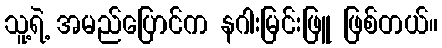
သူ့ရဲ့ အမည်ပြောင်က နဂါးမြင်းဖြူ ဖြစ်တယ်။